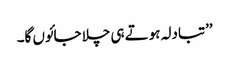
’’تبادلہ ہوتے ہی چلا جائوں گا۔